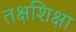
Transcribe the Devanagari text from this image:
तक्षशिक्षा